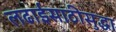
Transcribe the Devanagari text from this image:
लढाईसाठीसुद्धा